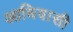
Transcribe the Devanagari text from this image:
आधिवासी